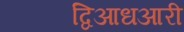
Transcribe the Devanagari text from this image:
द्विआधआरी